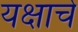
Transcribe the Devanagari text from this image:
यक्षाचे